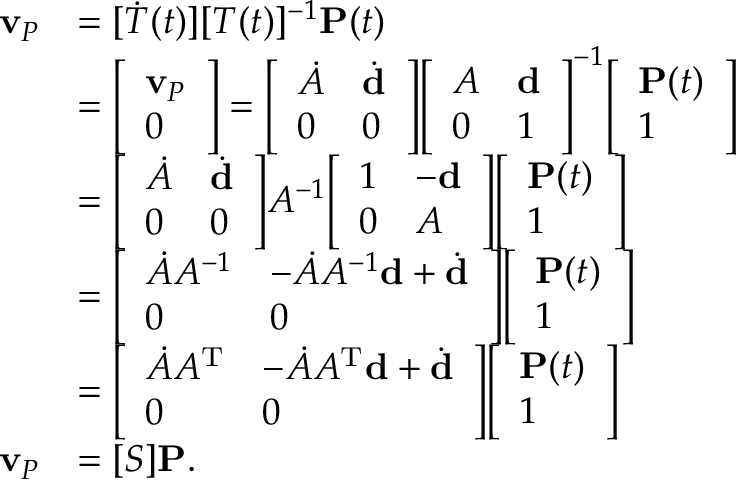
{ \begin{array} { r l } { \mathbf { v } _ { P } } & { = [ { \dot { T } } ( t ) ] [ T ( t ) ] ^ { - 1 } \mathbf { P } ( t ) } \\ & { = { \left[ \begin{array} { l } { \mathbf { v } _ { P } } \\ { 0 } \end{array} \right] } = { \left[ \begin{array} { l l } { { \dot { A } } } & { { \dot { \mathbf { d } } } } \\ { 0 } & { 0 } \end{array} \right] } { \left[ \begin{array} { l l } { A } & { \mathbf { d } } \\ { 0 } & { 1 } \end{array} \right] } ^ { - 1 } { \left[ \begin{array} { l } { \mathbf { P } ( t ) } \\ { 1 } \end{array} \right] } } \\ & { = { \left[ \begin{array} { l l } { { \dot { A } } } & { { \dot { \mathbf { d } } } } \\ { 0 } & { 0 } \end{array} \right] } A ^ { - 1 } { \left[ \begin{array} { l l } { 1 } & { - \mathbf { d } } \\ { 0 } & { A } \end{array} \right] } { \left[ \begin{array} { l } { \mathbf { P } ( t ) } \\ { 1 } \end{array} \right] } } \\ & { = { \left[ \begin{array} { l l } { { \dot { A } } A ^ { - 1 } } & { - { \dot { A } } A ^ { - 1 } \mathbf { d } + { \dot { \mathbf { d } } } } \\ { 0 } & { 0 } \end{array} \right] } { \left[ \begin{array} { l } { \mathbf { P } ( t ) } \\ { 1 } \end{array} \right] } } \\ & { = { \left[ \begin{array} { l l } { { \dot { A } } A ^ { \mathrm { T } } } & { - { \dot { A } } A ^ { \mathrm { T } } \mathbf { d } + { \dot { \mathbf { d } } } } \\ { 0 } & { 0 } \end{array} \right] } { \left[ \begin{array} { l } { \mathbf { P } ( t ) } \\ { 1 } \end{array} \right] } } \\ { \mathbf { v } _ { P } } & { = [ S ] \mathbf { P } . } \end{array} }